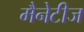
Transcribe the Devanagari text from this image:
मैनेटीज